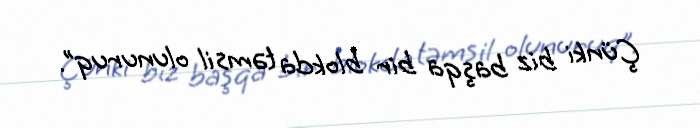
Çünki biz başqa bir blokda təmsil olunuruq”.